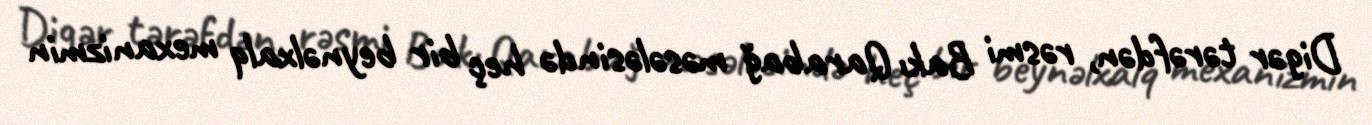
Digər tərəfdən, rəsmi Bakı Qarabağ məsələsində heç bir beynəlxalq mexanizmin